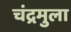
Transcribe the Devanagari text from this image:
चंद्रमुला